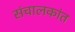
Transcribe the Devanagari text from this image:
संचालकांत